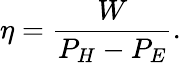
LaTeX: \eta=\frac{W}{P_{H}-P_{E}}.